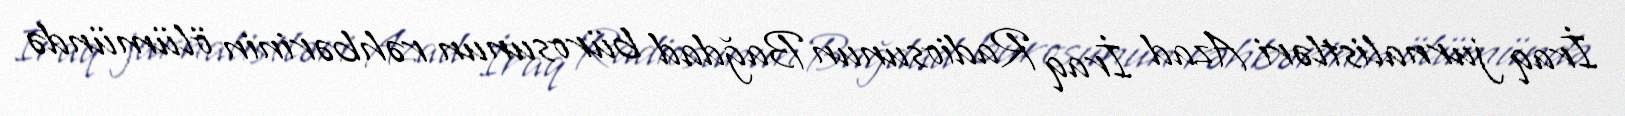
İraq jurnalistləri Azad İraq Radiosunun Bağdad bürosunun rəhbərinin ölümündə